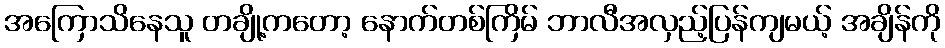
အကြောသိနေသူ တချို့ကတော့ နောက်တစ်ကြိမ် ဘာလီအလှည့်ပြန်ကျမယ့် အချိန်ကို